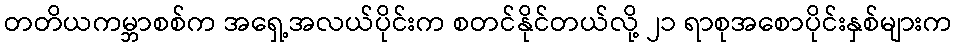
တတိယကမ္ဘာစစ်က အရှေ့အလယ်ပိုင်းက စတင်နိုင်တယ်လို့ ၂၁ ရာစုအစောပိုင်းနှစ်များက